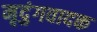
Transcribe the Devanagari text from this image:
मृदुंगवादक